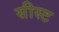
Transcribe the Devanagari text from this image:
सीस्ट